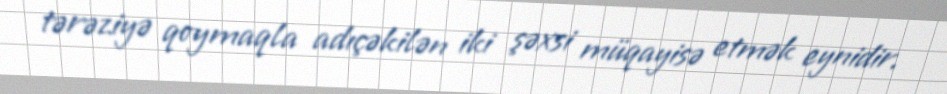
tərəziyə qoymaqla adıçəkilən iki şəxsi müqayisə etmək eynidir.